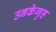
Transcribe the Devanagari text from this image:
उनकेगृह